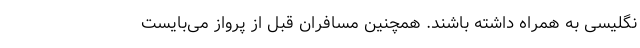
نگلیسی به همراه داشته باشند. همچنین مسافران قبل از پرواز می‌بایست